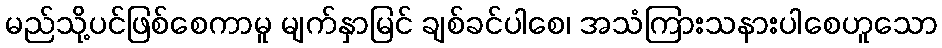
မည်သို့ပင်ဖြစ်စေကာမူ မျက်နှာမြင် ချစ်ခင်ပါစေ၊ အသံကြားသနားပါစေဟူသော